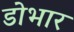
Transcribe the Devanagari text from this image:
डोभार